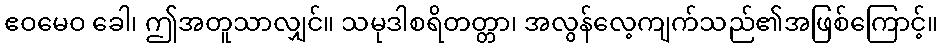
ဧဝမေဝ ခေါ၊ ဤအတူသာလျှင်။ သမုဒါစရိတတ္တာ၊ အလွန်လေ့ကျက်သည်၏အဖြစ်ကြောင့်။